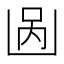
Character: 𱐎